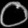
Digit: ၀